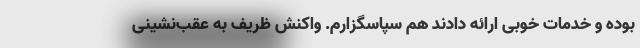
بوده و خدمات خوبی ارائه دادند هم سپاسگزارم. واکنش ظریف به عقب‌نشینی